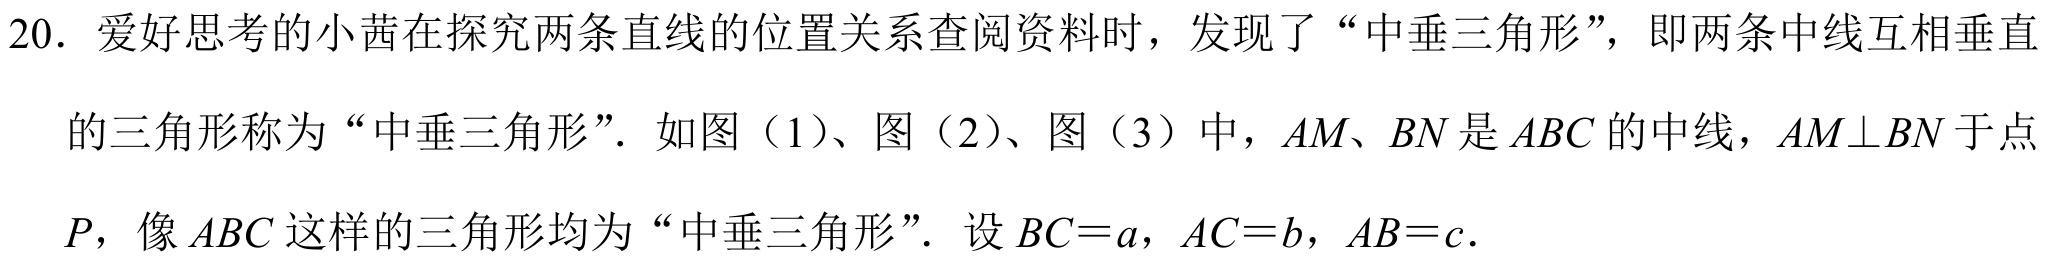
20. 爱好思考的小茜在探究两条直线的位置关系查阅资料时，发现了“中垂三角形”，即两条中线互相垂直
的三角形称为“中垂三角形”．如图（1）、图（2）、图（3）中，\(AM、BN\) 是 \(ABC\) 的中线，\(AM\perp BN\) 于点
\(P\)，像 \(ABC\) 这样的三角形均为“中垂三角形”．设 \(BC = a\)，\(AC = b\)，\(AB = c\)．